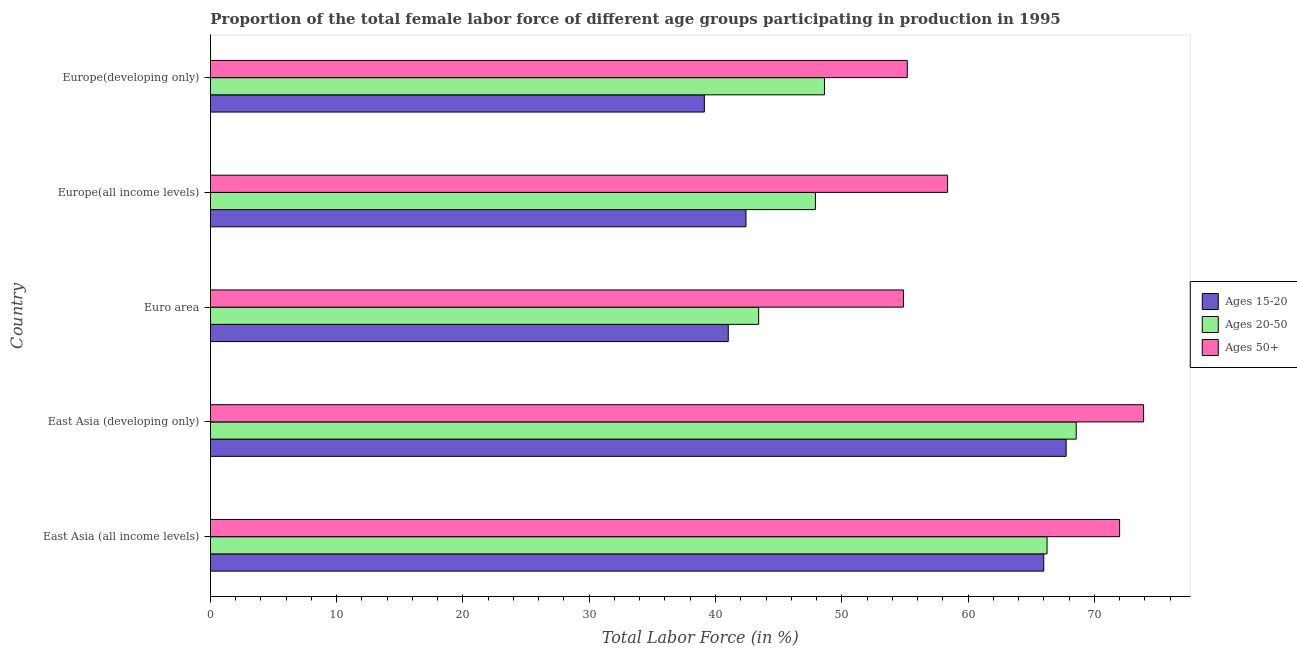
| Country | Ages 15-20 | Ages 20-50 | Ages 50+ |
 | --- | --- | --- | --- |
 | East Asia (all income levels) | 66 | 66.3 | 72 |
 | East Asia (developing only) | 67.8 | 68.6 | 73.9 |
 | Euro area | 41 | 43.4 | 54.9 |
 | Europe(all income levels) | 42.4 | 47.9 | 58.4 |
 | Europe(developing only) | 39.1 | 48.6 | 55.2 |